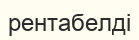
рентабелді